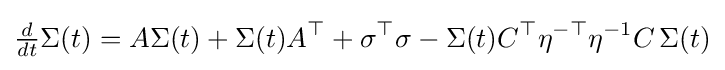
{\tfrac {d}{dt}}\Sigma (t)=A\Sigma (t)+\Sigma (t)A^{\top }+\sigma ^{\top }\sigma -\Sigma (t)C^{\top }\eta ^{-\top }\eta ^{-1}C\,\Sigma (t)